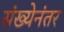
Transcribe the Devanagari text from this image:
संख्येनंतर